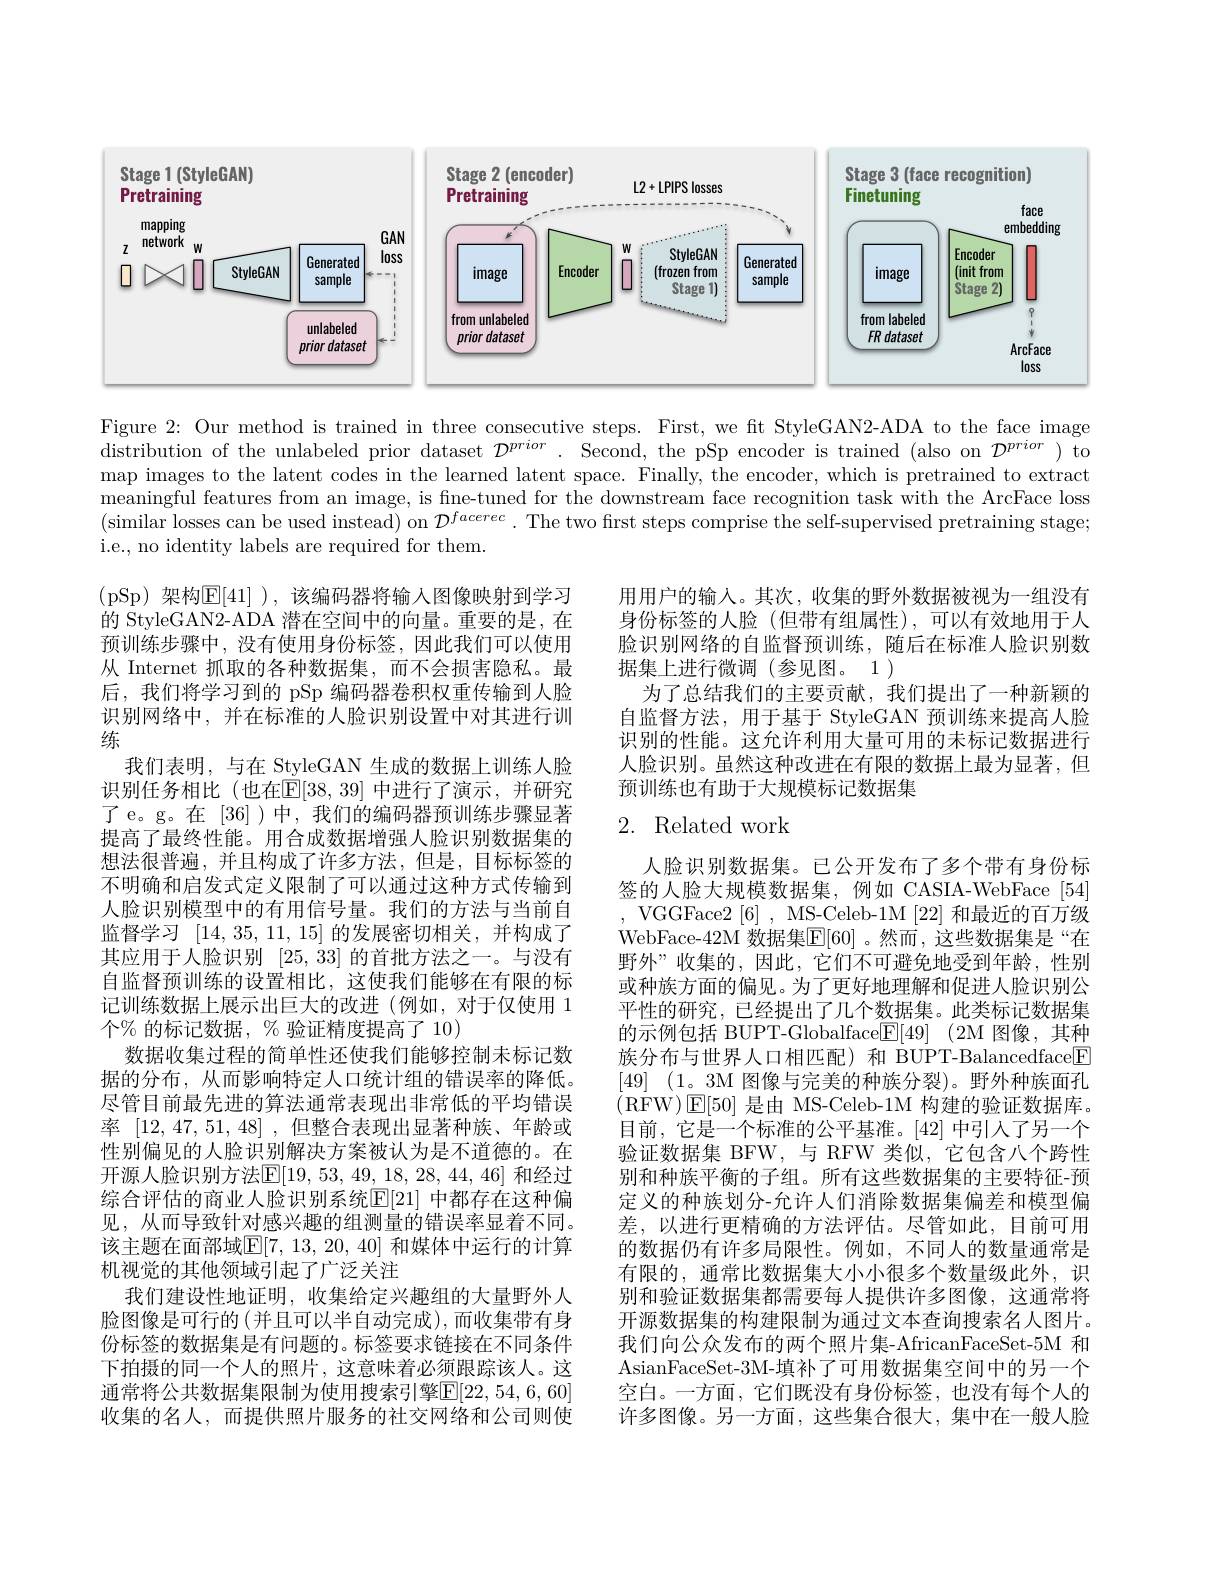
<FigureHere>

Figure 2: Our method is trained in three consecutive steps. First, we fit StyleGAN2-ADA to the face image $\bar{\text{distribution of the unlabeled prior dataset }\mathcal{D}^{prior}.}$ Second, the pSp encoder is trained (also on $\mathcal{D}^prior)$ to map images to the latent codes in the learned latent space. Finally, the encoder, which is pretrained to extract meaningful features from an image, is fine-tuned for the downstream face recognition task with the ArcFace loss (similar losses can be used instead) on $\mathcal{D}^facerec\cdot$ The two first steps comprise the self-supervised pretraining stage; i.e., no identity labels are required for them.

用用户的输入。其次，收集的野外数据被视为一组没有身份标签的人脸(但带有组属性),可以有效地用于人脸识别网络的自监督预训练，随后在标准人脸识别数据集上进行微调(参见图。1)
为了总结我们的主要贡献，我们提出了一种新颖的自监督方法，用于基于 StyleGAN 预训练来提高人脸识别的性能。这允许利用大量可用的未标记数据进行人脸识别。虽然这种改进在有限的数据上最为显著，但预训练也有助于大规模标记数据集

## 2. Related work

(pSp)架构$\mathbb{E}[41]$ ),该编码器将输入图像映射到学习的 StyleGAN2-ADA 潜在空间中的向量。重要的是，在预训练步骤中，没有使用身份标签，因此我们可以使用从 Internet 抓取的各种数据集，而不会损害隐私。最后，我们将学习到的 pSp 编码器卷积权重传输到人脸识别网络中，并在标准的人脸识别设置中对其进行训练
我们表明，与在 StyleGAN 生成的数据上训练人脸识别任务相比 (也在$\mathbb{E}[38,39]$ 中进行了演示，并研究了e。g。在[36])中，我们的编码器预训练步骤显著提高了最终性能。用合成数据增强人脸识别数据集的想法很普遍，并且构成了许多方法，但是，目标标签的不明确和启发式定义限制了可以通过这种方式传输到人脸识别模型中的有用信号量。我们的方法与当前自监督学习[14,35,11,15]的发展密切相关，并构成了其应用于人脸识别 [25,33] 的首批方法之一。与没有自监督预训练的设置相比，这使我们能够在有限的标记训练数据上展示出巨大的改进(例如，对于仅使用 1个% 的标记数据，% 验证精度提高了 10)
数据收集过程的简单性还使我们能够控制未标记数据的分布，从而影响特定人口统计组的错误率的降低。尽管目前最先进的算法通常表现出非常低的平均错误率 [12,47,51,48],但整合表现出显著种族、年龄或性别偏见的人脸识别解决方案被认为是不道德的。在开源人脸识别方法$\mathbb{E}[19,53,49,18,28,44,46]$ 和经过综合评估的商业人脸识别系统$\mathbb{E}[21]$ 中都存在这种偏见，从而导致针对感兴趣的组测量的错误率显着不同。该主题在面部域$\mathbb{E}[7,13,20,40]$ 和媒体中运行的计算机视觉的其他领域引起了广泛关注
我们建设性地证明，收集给定兴趣组的大量野外人脸图像是可行的(并且可以半自动完成),而收集带有身份标签的数据集是有问题的。标签要求链接在不同条件下拍摄的同一个人的照片，这意味着必须跟踪该人。这通常将公共数据集限制为使用搜索引擎$\mathbb{E}[22,54,6,60]$ 收集的名人，而提供照片服务的社交网络和公司则使

人脸识别数据集。已公开发布了多个带有身份标签的人脸大规模数据集，例如 CASIA-WebFace [54] VGGFace2[6] , MS-Celeb-1M [22]和最近的百万级WebFace-42M 数据集$\mathbb{E}[60]$ 。然而，这些数据集是“在野外”收集的，因此，它们不可避免地受到年龄，性别或种族方面的偏见。为了更好地理解和促进人脸识别公平性的研究，已经提出了几个数据集。此类标记数据集的示例包括 BUPT-Globalface$\boxed{\mathrm{F} }[ 49]$ (2M 图像，其种族分布与世界人口相匹配)和 BUPT-Balancedface[F] [49] (1。3M 图像与完美的种族分裂)。野外种族面孔(RFW)E[50]是由 MS-Celeb-1M 构建的验证数据库。目前，它是一个标准的公平基准。[42]中引人了另一个验证数据集 BFW,与 RFW 类似，它包含八个跨性别和种族平衡的子组。所有这些数据集的主要特征-预定义的种族划分-允许人们消除数据集偏差和模型偏差，以进行更精确的方法评估。尽管如此，目前可用的数据仍有许多局限性。例如，不同人的数量通常是有限的，通常比数据集大小小很多个数量级此外，识别和验证数据集都需要每人提供许多图像，这通常将开源数据集的构建限制为通过文本查询搜索名人图片。我们向公众发布的两个照片集-AfricanFaceSet-5M 和AsianFaceSet-3M-填补了可用数据集空间中的另一个空白。一方面，它们既没有身份标签，也没有每个人的许多图像。另一方面，这些集合很大，集中在一般人脸